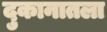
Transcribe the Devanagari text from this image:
दुकानातला